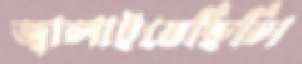
জ্বালাইতেছিলি